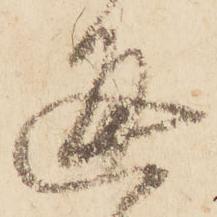
通